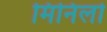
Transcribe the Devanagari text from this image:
मिनिलो